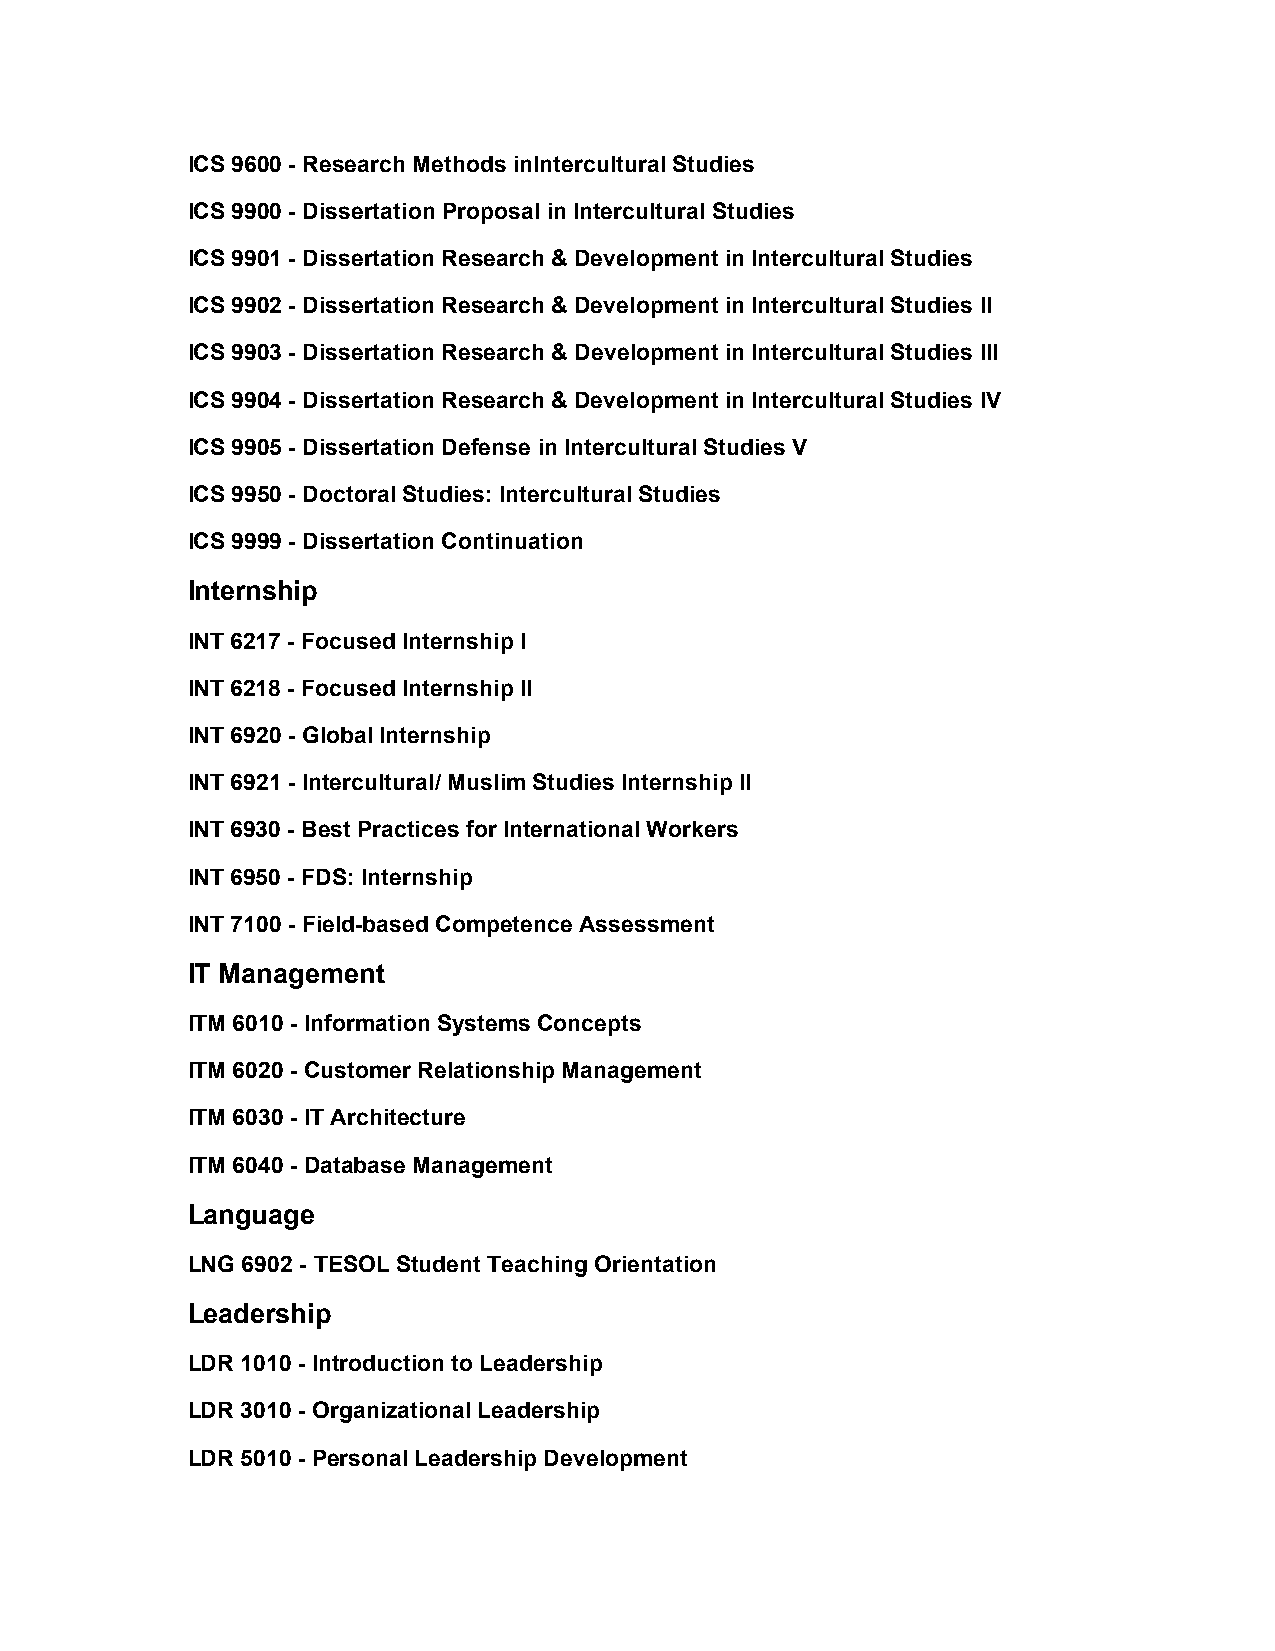
ICS 9600 - Research Methods inIntercultural Studies
 ICS 9900 - Dissertation Proposal in Intercultural Studies
 ICS 9901 - Dissertation Research & Development in Intercultural Studies
 ICS 9902 - Dissertation Research & Development in Intercultural Studies II
 ICS 9903 - Dissertation Research & Development in Intercultural Studies III
 ICS 9904 - Dissertation Research & Development in Intercultural Studies IV
 ICS 9905 - Dissertation Defense in Intercultural Studies V
 ICS 9950 - Doctoral Studies: Intercultural Studies
 ICS 9999 - Dissertation Continuation
 Internship
 INT 6217 - Focused Internship I
 INT 6218 - Focused Internship II
 INT 6920 - Global Internship
 INT 6921 - Intercultural/ Muslim Studies Internship II
 INT 6930 - Best Practices for International Workers
 INT 6950 - FDS: Internship
 INT 7100 - Field-based Competence Assessment
 IT Management
 ITM 6010 - Information Systems Concepts
 ITM 6020 - Customer Relationship Management
 ITM 6030 - IT Architecture
 ITM 6040 - Database Management
 Language
 LNG 6902 - TESOL Student Teaching Orientation
 Leadership
 LDR 1010 - Introduction to Leadership
 LDR 3010 - Organizational Leadership
 LDR 5010 - Personal Leadership Development